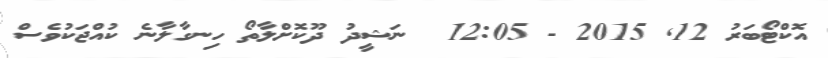
އޮކްޓޯބަރު 12